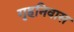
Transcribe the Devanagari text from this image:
गृहनिवास